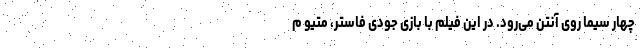
چهار سیما روی آنتن می‌رود. در این فیلم با بازی جودی فاستر، متیو م